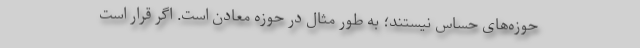
حوزه‌های حساس نیستند؛ به طور مثال در حوزه معادن است. اگر قرار است